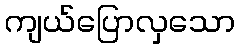
ကျယ်ပြောလှသော